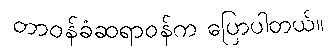
တာဝန်ခံဆရာဝန်က ပြောပါတယ်။